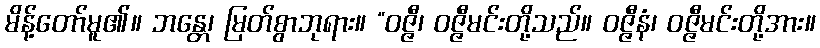
မိန့်တော်မူ၏။ ဘန္တေ၊ မြတ်စွာဘုရား။ “ဝဇ္ဇီ၊ ဝဇ္ဇီမင်းတို့သည်။ ဝဇ္ဇီနံ၊ ဝဇ္ဇီမင်းတို့အား။